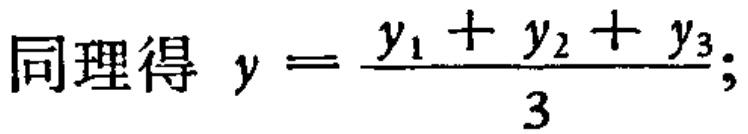
同理得 \(y = \frac{y_1 + y_2 + y_3}{3};\)